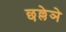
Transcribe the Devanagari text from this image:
छल्लेञे